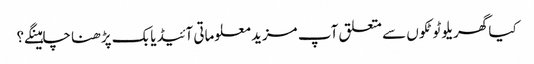
کیا گھریلو ٹوٹکوں سے متعلق آپ مزید معلوماتی آئیڈیابک پڑھنا چاہینگے؟